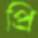
প্রি